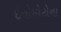
ઇનોમોટોના